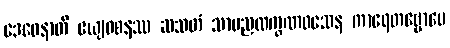
ဒေဝေနာတိ ဧယျဝစနဿ ဆသတံ သာမညလက္ခဏဝသေန ကာရေတဗ္ဗောပေ